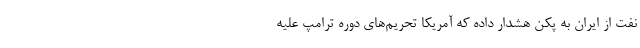
نفت از ایران به پکن هشدار داده که آمریکا تحریم‌های دوره ترامپ علیه